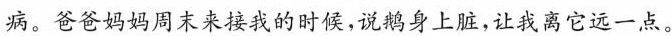
病。爸爸妈妈周末来接我的时候，说鹅身上脏，让我离它远一点。